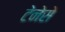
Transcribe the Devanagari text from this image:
टेनेसे